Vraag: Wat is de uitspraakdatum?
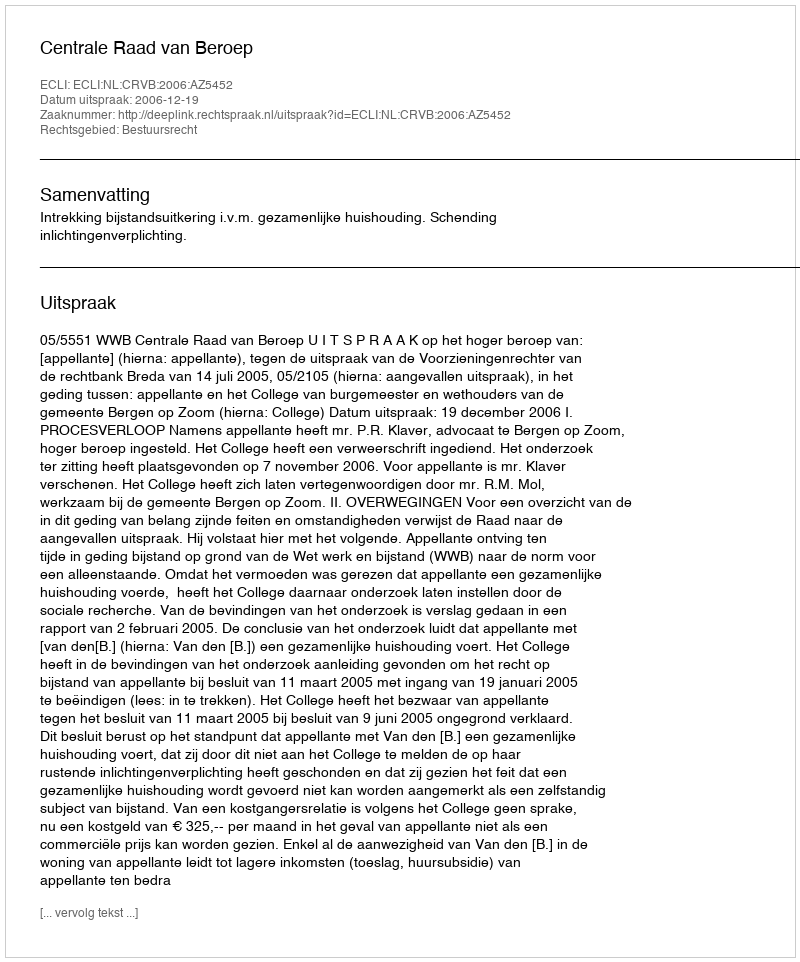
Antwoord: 2006-12-19